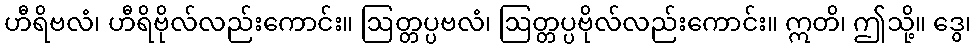
ဟီရိဗလံ၊ ဟီရိဗိုလ်လည်းကောင်း။ ဩတ္တပ္ပဗလံ၊ ဩတ္တပ္ပဗိုလ်လည်းကောင်း။ ဣတိ၊ ဤသို့။ ဒွေ၊